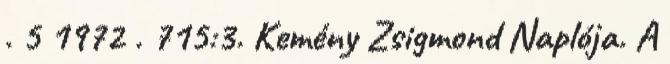
. 5 1972 . 715:3. Kemény Zsigmond Naplója. A